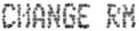
CHANGE RM